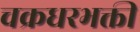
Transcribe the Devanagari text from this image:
चक्रधरभक्ती